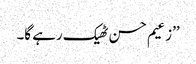
’’زعیم حسن ٹھیک رہے گا۔